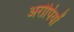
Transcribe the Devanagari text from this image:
अरोपियों